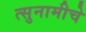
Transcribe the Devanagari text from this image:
त्सुनामीचे